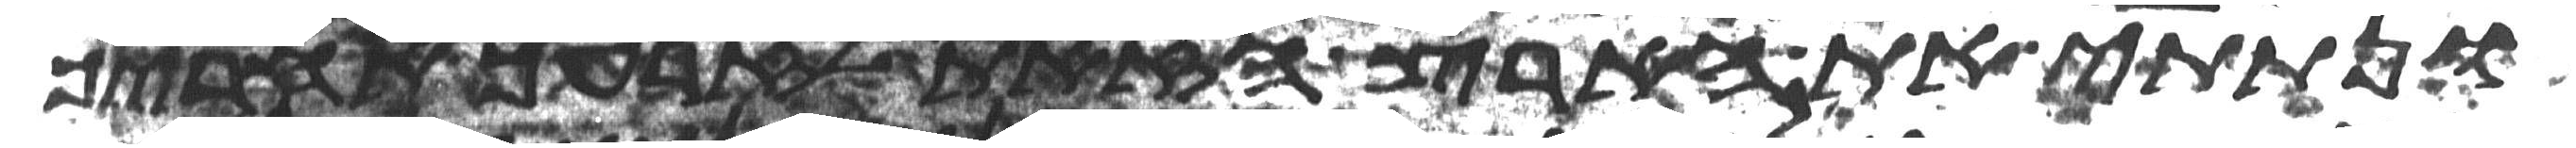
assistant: ונתתי את הארץ הזאת לזרעך אחריך